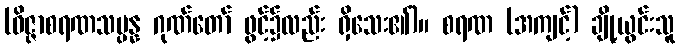
(ဝိဇ္ဇာစရဏသမ္ပန္န ဂုဏ်တော် ဖွင့်၌လည်း ရှိသေး၏)။ စရဏ (အကျင့်) ချို့ယွင်းသူ